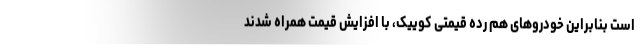
است بنابراین خودروهای هم رده قیمتی کوییک، با افزایش قیمت همراه شدند